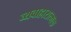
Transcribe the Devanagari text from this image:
व्यवाहारात्मक